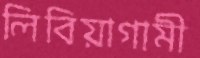
লিবিয়াগামী